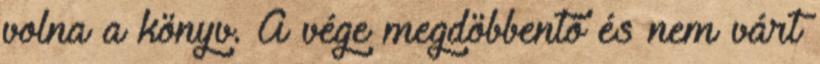
volna a könyv. A vége megdöbbentő és nem várt